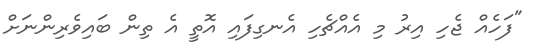
"ފަހެއް ޖެހި އިރު މި އެއްޗެހި އެނގިފައި އޮތީ އެ ތިން ބައިވެރިންނަށް